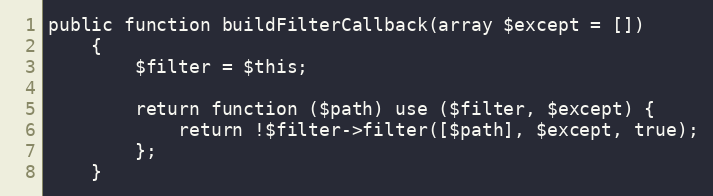
Language: PHP
public function buildFilterCallback(array $except = [])
    {
        $filter = $this;

        return function ($path) use ($filter, $except) {
            return !$filter->filter([$path], $except, true);
        };
    }